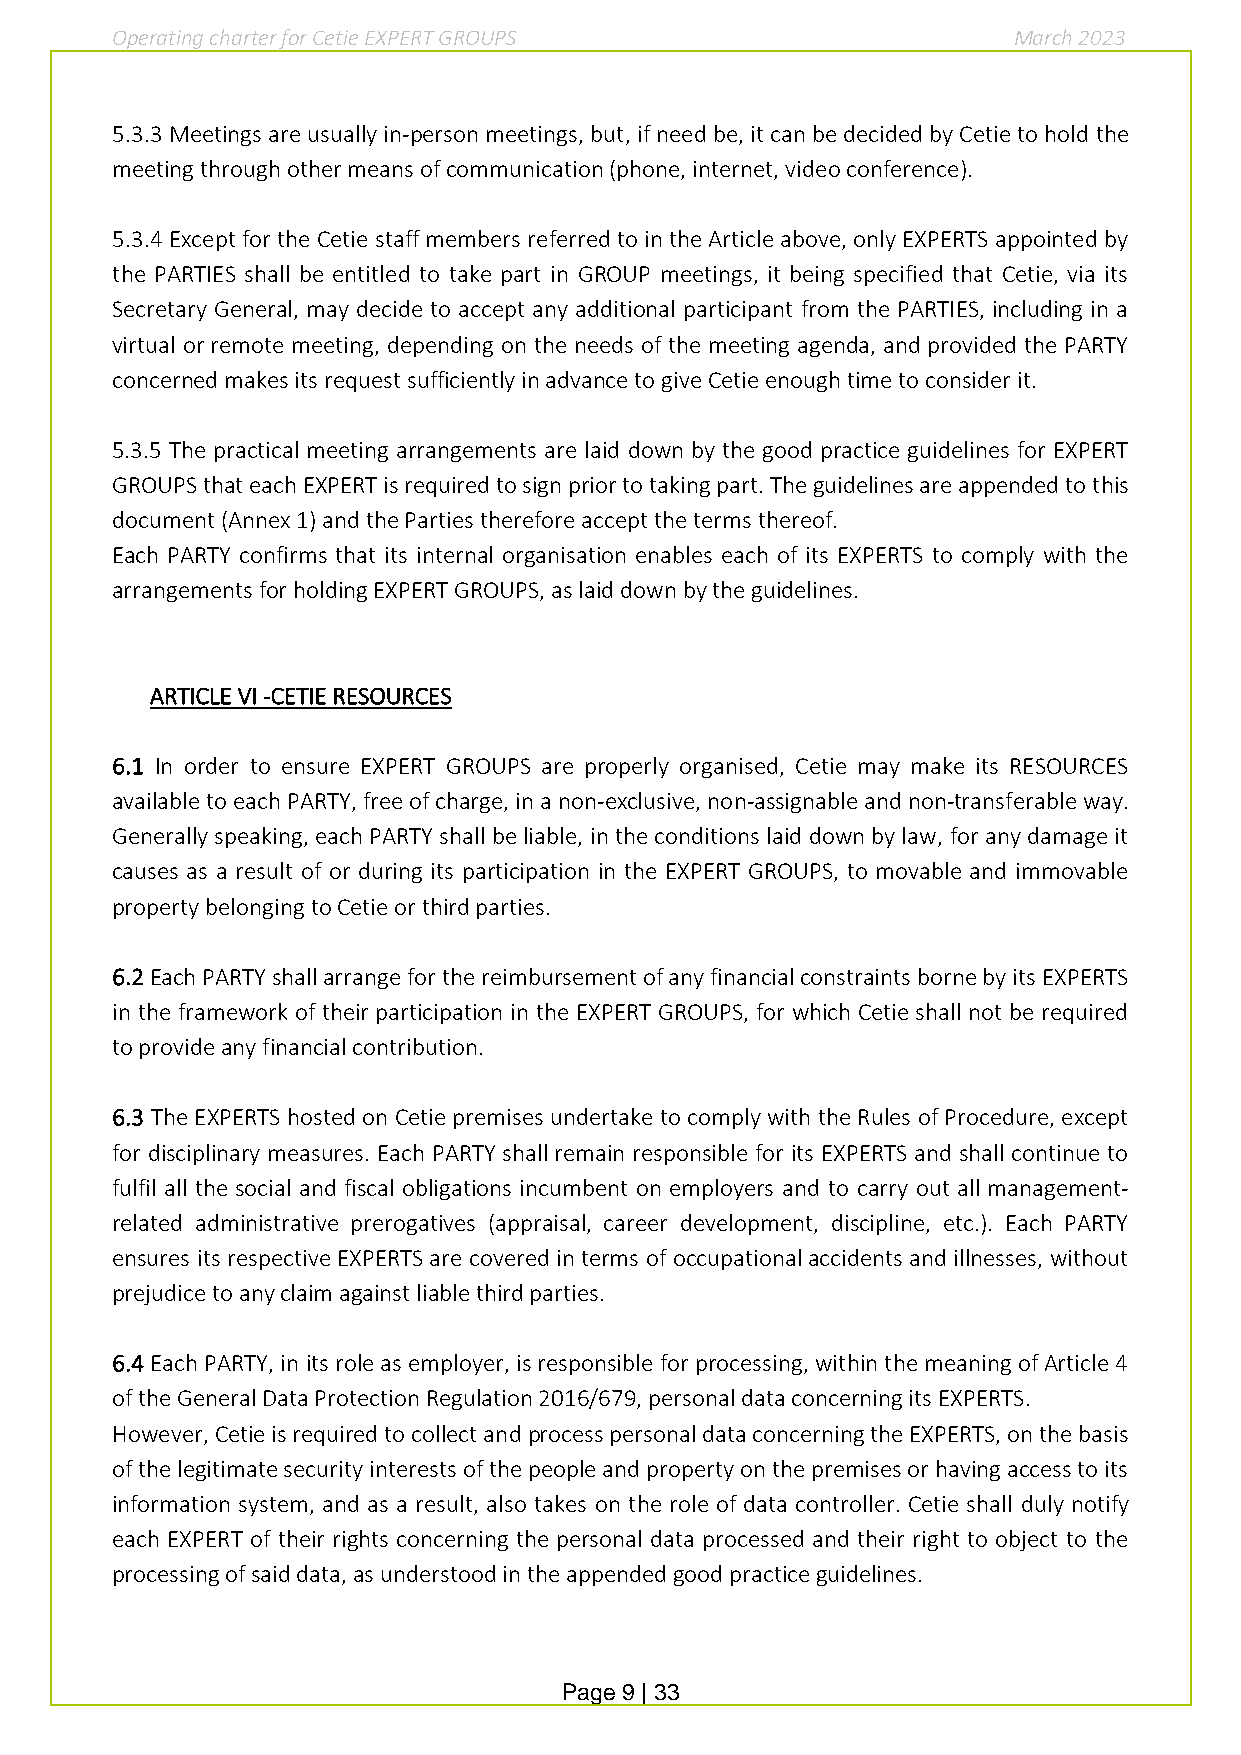
Operating charter for Cetie EXPERT GROUPS                   March 2023
 5.3.3 Meetings are usually in-person meetings, but, if need be, it can be decided by Cetie to hold the
 meeting through other means of communication (phone, internet, video conference).
 5.3.4 Except for the Cetie staff members referred to in the Article above, only EXPERTS appointed by
 the PARTIES shall be entitled to take part in GROUP meetings, it being specified that Cetie, via its
 Secretary General, may decide to accept any additional participant from the PARTIES, including in a
 virtual or remote meeting, depending on the needs of the meeting agenda, and provided the PARTY
 concerned makes its request sufficiently in advance to give Cetie enough time to consider it.
 5.3.5 The practical meeting arrangements are laid down by the good practice guidelines for EXPERT
 GROUPS that each EXPERT is required to sign prior to taking part. The guidelines are appended to this
 document (Annex 1) and the Parties therefore accept the terms thereof.
 Each PARTY confirms that its internal organisation enables each of its EXPERTS to comply with the
 arrangements for holding EXPERT GROUPS, as laid down by the guidelines.
 ARTICLE VI -CETIE RESOURCES
 6.1 In order to ensure EXPERT GROUPS are properly organised, Cetie may make its RESOURCES
 available to each PARTY, free of charge, in a non-exclusive, non-assignable and non-transferable way.
 Generally speaking, each PARTY shall be liable, in the conditions laid down by law, for any damage it
 causes as a result of or during its participation in the EXPERT GROUPS, to movable and immovable
 property belonging to Cetie or third parties.
 6.2 Each PARTY shall arrange for the reimbursement of any financial constraints borne by its EXPERTS
 in the framework of their participation in the EXPERT GROUPS, for which Cetie shall not be required
 to provide any financial contribution.
 6.3 The EXPERTS hosted on Cetie premises undertake to comply with the Rules of Procedure, except
 for disciplinary measures. Each PARTY shall remain responsible for its EXPERTS and shall continue to
 fulfil all the social and fiscal obligations incumbent on employers and to carry out all management-
 related administrative prerogatives (appraisal, career development, discipline, etc.). Each PARTY
 ensures its respective EXPERTS are covered in terms of occupational accidents and illnesses, without
 prejudice to any claim against liable third parties.
 6.4 Each PARTY, in its role as employer, is responsible for processing, within the meaning of Article 4
 of the General Data Protection Regulation 2016/679, personal data concerning its EXPERTS.
 However, Cetie is required to collect and process personal data concerning the EXPERTS, on the basis
 of the legitimate security interests of the people and property on the premises or having access to its
 information system, and as a result, also takes on the role of data controller. Cetie shall duly notify
 each EXPERT of their rights concerning the personal data processed and their right to object to the
 processing of said data, as understood in the appended good practice guidelines.
 Page 9 | 33